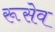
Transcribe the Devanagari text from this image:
रूसेव